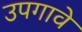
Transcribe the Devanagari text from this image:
उपगावे